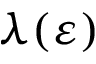
\lambda ( \varepsilon )